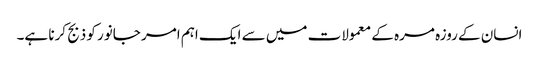
انسان کے روزہ مرہ کے معمولات میں سے ایک اہم امر جانور کو ذبج کرنا ہے۔